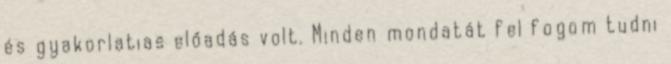
és gyakorlatias előadás volt. Minden mondatát fel fogom tudni